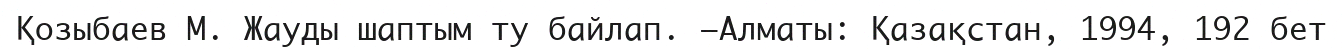
Қозыбаев М. Жауды шаптым ту байлап. –Алматы: Қазақстан, 1994, 192 бет